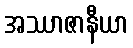
အဿာဇာနီယာ